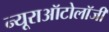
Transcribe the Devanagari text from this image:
न्यूराऑटोलॉजी